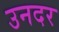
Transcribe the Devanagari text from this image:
उनदर